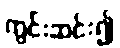
ကွင်းဆင်း၍